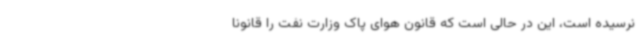
نرسیده است، این در حالی است که قانون هوای پاک وزارت نفت را قانونا